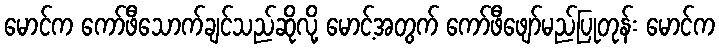
မောင်က ကော်ဖီသောက်ချင်သည်ဆိုလို့ မောင့်အတွက် ကော်ဖီဖျော်မည်ပြုတုန်း မောင်က